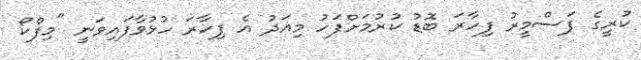
ކުރީގެ ފަސްމީރު ފިހާރަ ބޮޑު ކުރުމަށްފަހު މިއަދު އެ ފިހާރަ ހުޅުވާފައިވަނީ "މިފްކޯ